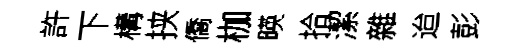
許下構挟僑枷暎拾潔雜迨彭